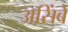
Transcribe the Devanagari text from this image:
असिंबे